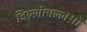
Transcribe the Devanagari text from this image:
दिल्लीवल्लभों